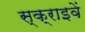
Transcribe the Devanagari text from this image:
स्क्राइवें